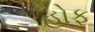
હોફ